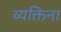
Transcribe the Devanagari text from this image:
व्यक्तिना